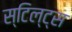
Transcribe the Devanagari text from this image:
स्टिल्ट्स